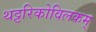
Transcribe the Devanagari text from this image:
थट्टरिकोविलकम्